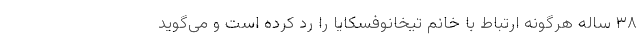
۳۸ ساله هرگونه ارتباط با خانم تیخانوفسکایا را رد کرده است و می‌گوید